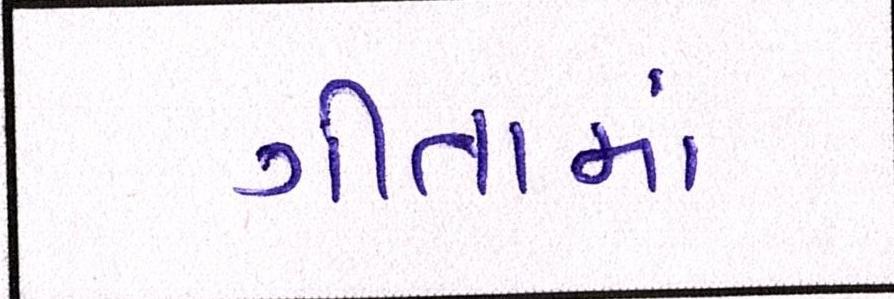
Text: ગીતામાં